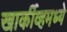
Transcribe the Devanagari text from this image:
खार्कीव्हमध्ये